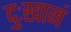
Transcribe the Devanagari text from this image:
दुःखानं